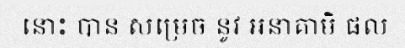
នោះ បាន សម្រេច នូវ អនាគាមិ ផល